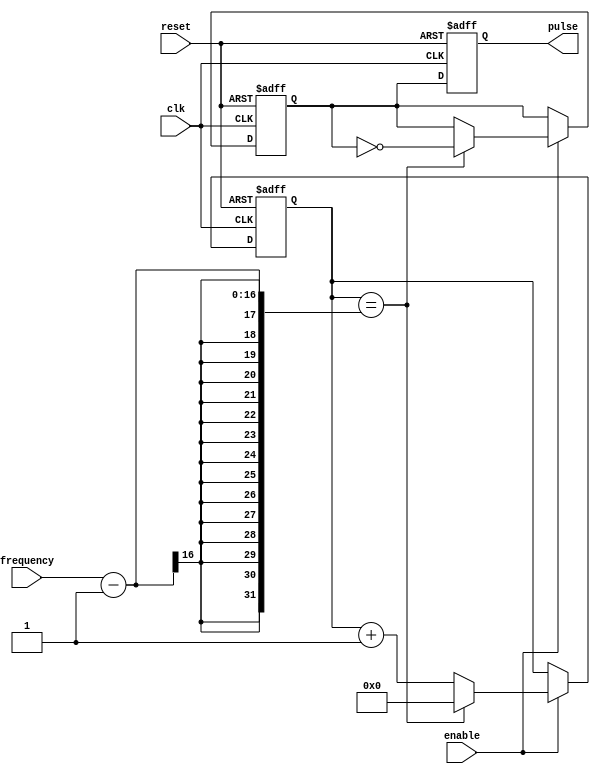
module pulse_generator (
    input wire clk,
    input wire reset,
    input wire enable,
    input wire [15:0] frequency,
    output reg pulse
);

reg [15:0] counter;
reg pulse_sync;

always @(posedge clk or posedge reset) begin
    if (reset) begin
        counter <= 16'd0;
        pulse_sync <= 1'b0;
        pulse <= 1'b0;
    end else begin
        if (enable) begin
            if (counter == frequency - 1) begin
                counter <= 16'd0;
                pulse_sync <= ~pulse_sync;
            end else begin
                counter <= counter + 1;
            end
        end
        pulse <= pulse_sync;
    end
end

endmodule